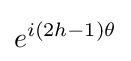
e^{i(2h-1)\theta }